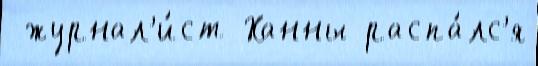
 журнал'и́ст Ханны распа́лс'я